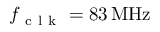
f _ { \mathrm { ~ c ~ l ~ k ~ } } = 8 3 { } \, \mathrm { M H z }